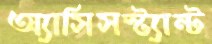
অ্যাসিসস্ট্যান্ট